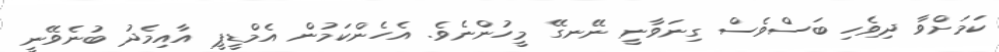
ކަމަށްވާ ދިވެހި ބަސްވެސް ގިނަވާނީ ނޭނގޭ މީހުންނެވެ. އެހެންކަމުން އެމްޑީޕީ އާއިމެދު ބުނެވޭނީ